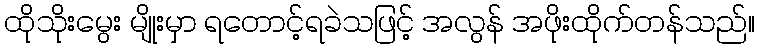
ထိုသိုးမွေး မျိုးမှာ ရတောင့်ရခဲသဖြင့် အလွန် အဖိုးထိုက်တန်သည်။